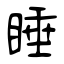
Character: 睡